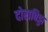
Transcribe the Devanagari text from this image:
दोराबिड्डा